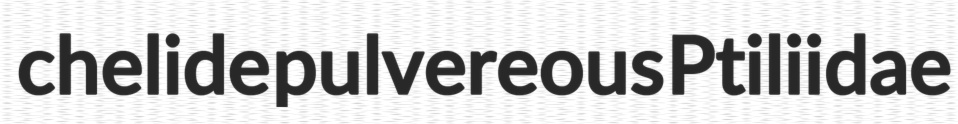
chelide pulvereous Ptiliidae